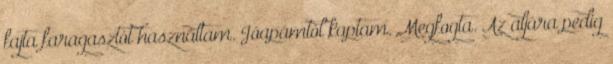
fajta faragasztót használtam. Jóapámtól kaptam. Megfogta. Az aljára pedig